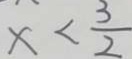
x < \frac { 3 } { 2 }